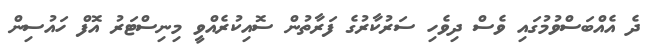
ދެ އެއްބަސްވުމުގައި ވެސް ދިވެހި ސަރުކާރުގެ ފަރާތުން ސޮއިކުރެއްވީ މިނިސްޓަރު އޮފް ހައުސިން